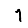
Digit: 1